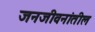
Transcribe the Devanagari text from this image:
जनजीवनांतील